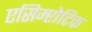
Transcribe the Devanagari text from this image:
एसिम्प्टोटिक